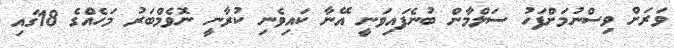
ވަރަށް ވިސްނުމަށްފަހު ސަލްމާން ބުނެފައިވަނީ އޭނާ ކައިވެނި ކުރާނީ ނޮވެމްބަރު މަހެއްގެ 18ގައި